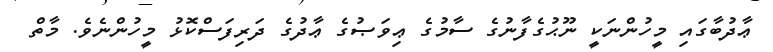
ޢާދުބާގައި މީހުންނަކީ ނޫޙުގެފާނުގެ ސާމުގެ ޢިވަޞުގެ ޢާދުގެ ދަރިފަސްކޮޅު މީހުންނެވެ. މާތް